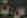
ست